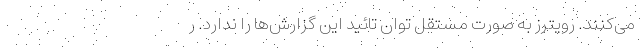
می‌کنند. رویترز به صورت مستقل توان تائید این گزارش‌ها را ندارد. ر